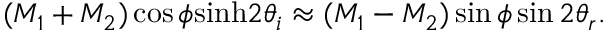
( M _ { 1 } + M _ { 2 } ) \cos \phi \mathrm { s i n h } 2 \theta _ { i } \approx ( M _ { 1 } - M _ { 2 } ) \sin \phi \sin 2 \theta _ { r } .